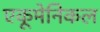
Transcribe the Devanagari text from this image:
एकूमेनिकल